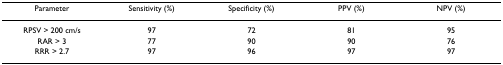
| Parameter | Sensitivity (%) | Specificity (%) | PPV (%) | NPV (%) |
 | --- | --- | --- | --- | --- |
 | RPSV > 200 cm/s | 97 | 72 | 81 | 95 |
 | RAR > 3 | 77 | 90 | 90 | 76 |
 | RRR > 2.7 | 97 | 96 | 97 | 97 |